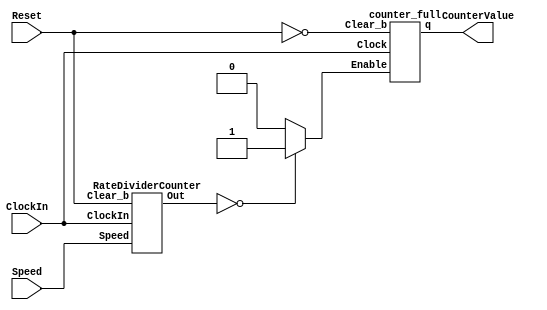

module part2(ClockIn, Reset, Speed, CounterValue);
	input ClockIn, Reset;
	input [1:0] Speed;
	output [3:0] CounterValue;
	wire Enable;
	wire [10:0] RateDivider;		
	RateDividerCounter r1 (.Speed(Speed), .Out(RateDivider), .ClockIn(ClockIn), .Clear_b(Reset));

	assign Enable = (RateDivider == 11'b00000000000) ? 1'b1 : 1'b0;
	
	counter_full c1 (.q(CounterValue), .Clock(ClockIn), .Clear_b(~Reset), .Enable(Enable));
	
endmodule


module counter_full(q, Clock, Clear_b, Enable);
	input Clock, Clear_b, Enable;
	output reg[3:0] q;// declare q
	
	always@(posedge Clock)// triggered every time clock rises
		begin
			if(Clear_b  ==  1'b0)// when Clearb is 0
				q <= 4'b000;// q is set to 0
			else if(Enable)			// increment q only when Enable is 1
				q <= q + 1;// increment 
		end

endmodule 


module RateDividerCounter(Speed, Out, ClockIn, Clear_b);
	input [1:0] Speed;
	input	ClockIn, Clear_b;
	output reg [10:0] Out;
	
	reg [10:0] d;
	
	always @(Speed)
	begin
	case (Speed)
		2'b00: d <= 11'b00000000000;
		2'b01: d <= 11'b00111110011;
		2'b10: d <= 11'b01111100111;
		2'b11: d <= 11'b11111001111;
		default: d <= 11'b00000000000;
	endcase
	end
	
	always@ (posedge ClockIn)
	begin
	
		if(Clear_b)
			Out <= 11'b00000000000;
		else if (Out == 11'b00000000000)				
			Out <= d;
		else  
			Out <= Out - 1;
		end
	
endmodule